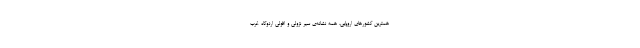
همترین کشورهای اروپایی، همه نشانه‌ی سیر نزولی و افولی اردوگاه غرب